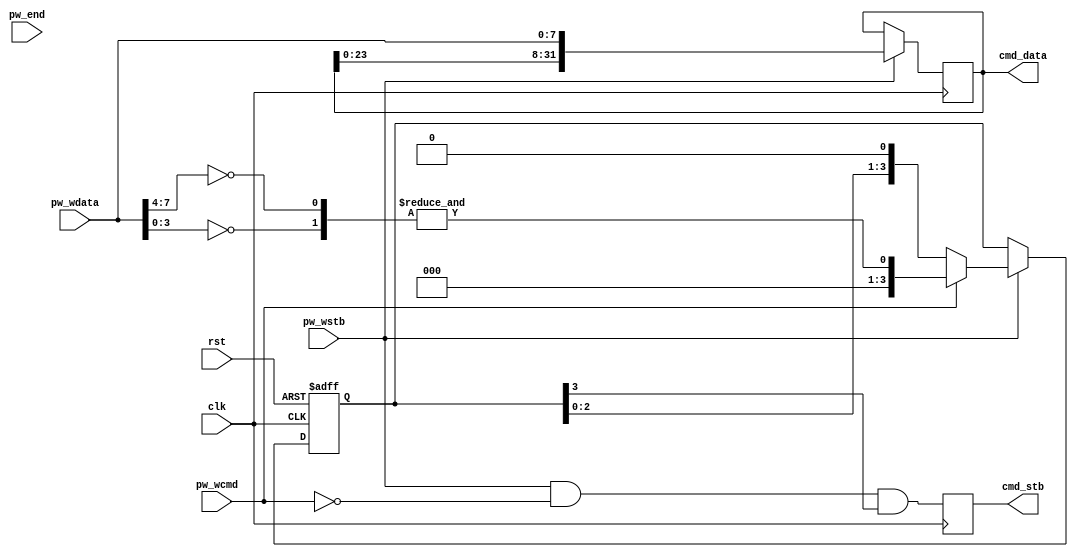
/*
 * spi_dev_scmd.v
 *
 * vim: ts=4 sw=4
 *
 * Simple Command decoder.
 * Interfaces to the protocol wrapper to decode simple/short commands
 *
 * Copyright (C) 2022  Sylvain Munaut <tnt@246tNt.com>
 * SPDX-License-Identifier: CERN-OHL-P-2.0
 */

`default_nettype none

module spi_dev_scmd #(
	parameter [7:0] CMD_BYTE = 8'h00,
	parameter integer CMD_LEN = 4,
	parameter integer CMD_REPEAT = 0,

	// auto
	parameter integer DL = (8*CMD_LEN)-1
)(
	// Protocol wrapper interface
	input  wire  [7:0] pw_wdata,
	input  wire        pw_wcmd,
	input  wire        pw_wstb,

	input  wire        pw_end,

	// Command output
	output wire [DL:0] cmd_data,
	output reg         cmd_stb,

	// Clock / Reset
	input  wire clk,
	input  wire rst
);

	// Signals
	// -------

	// Write Shift
	reg  [DL:0] ws_data;
	reg  [CMD_LEN-1:0] ws_stb_shift;

	// Command match
	(* keep *)
	wire [1:0] cmd_match;

	// Command decoder
	// ---------------

	// Data shift register
	always @(posedge clk)
		if (pw_wstb)
			ws_data <= { ws_data[DL-8:0], pw_wdata };

	assign cmd_data = ws_data;

	// Command match
	assign cmd_match[0] = CMD_BYTE[7:4] == pw_wdata[7:4];
	assign cmd_match[1] = CMD_BYTE[3:0] == pw_wdata[3:0];

	always @(posedge clk or posedge rst)
		if (rst)
			ws_stb_shift <= 0;
		else if (pw_wstb)
			ws_stb_shift <= pw_wcmd ?
				{ { (CMD_LEN-1){1'b0} }, &cmd_match } :
				{ ws_stb_shift[CMD_LEN-2:0], CMD_REPEAT ? ws_stb_shift[CMD_LEN-1] : 1'b0 };

	always @(posedge clk)
		cmd_stb <= pw_wstb & ~pw_wcmd & ws_stb_shift[CMD_LEN-1];

endmodule // spi_dev_scmd